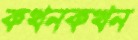
কখনকখন